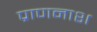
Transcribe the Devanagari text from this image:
प्राणनाश